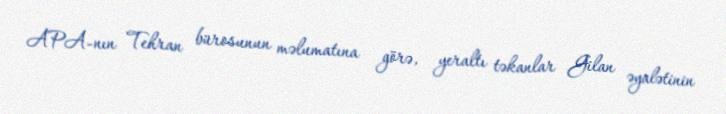
APA-nın Tehran bürosunun məlumatına görə, yeraltı təkanlar Gilan əyalətinin